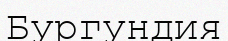
Бургундия